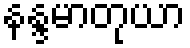
နန္ဒမာတုယာ